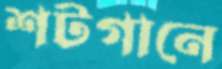
শটগানে